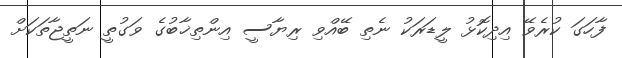
ފާހަގަ ކުރެވޭ އިދިކޮޅު ލީޑަރަކު ނެތި ބޭއްވި ރިޔާސީ އިންތިޚާބުގެ ވަގުތީ ނަތީޖާތަކަށް